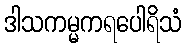
ဒါသကမ္မကရပေါရိသံ